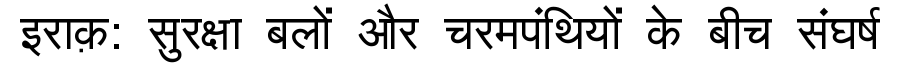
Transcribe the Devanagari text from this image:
इराक़: सुरक्षा बलों और चरमपंथियों के बीच संघर्ष